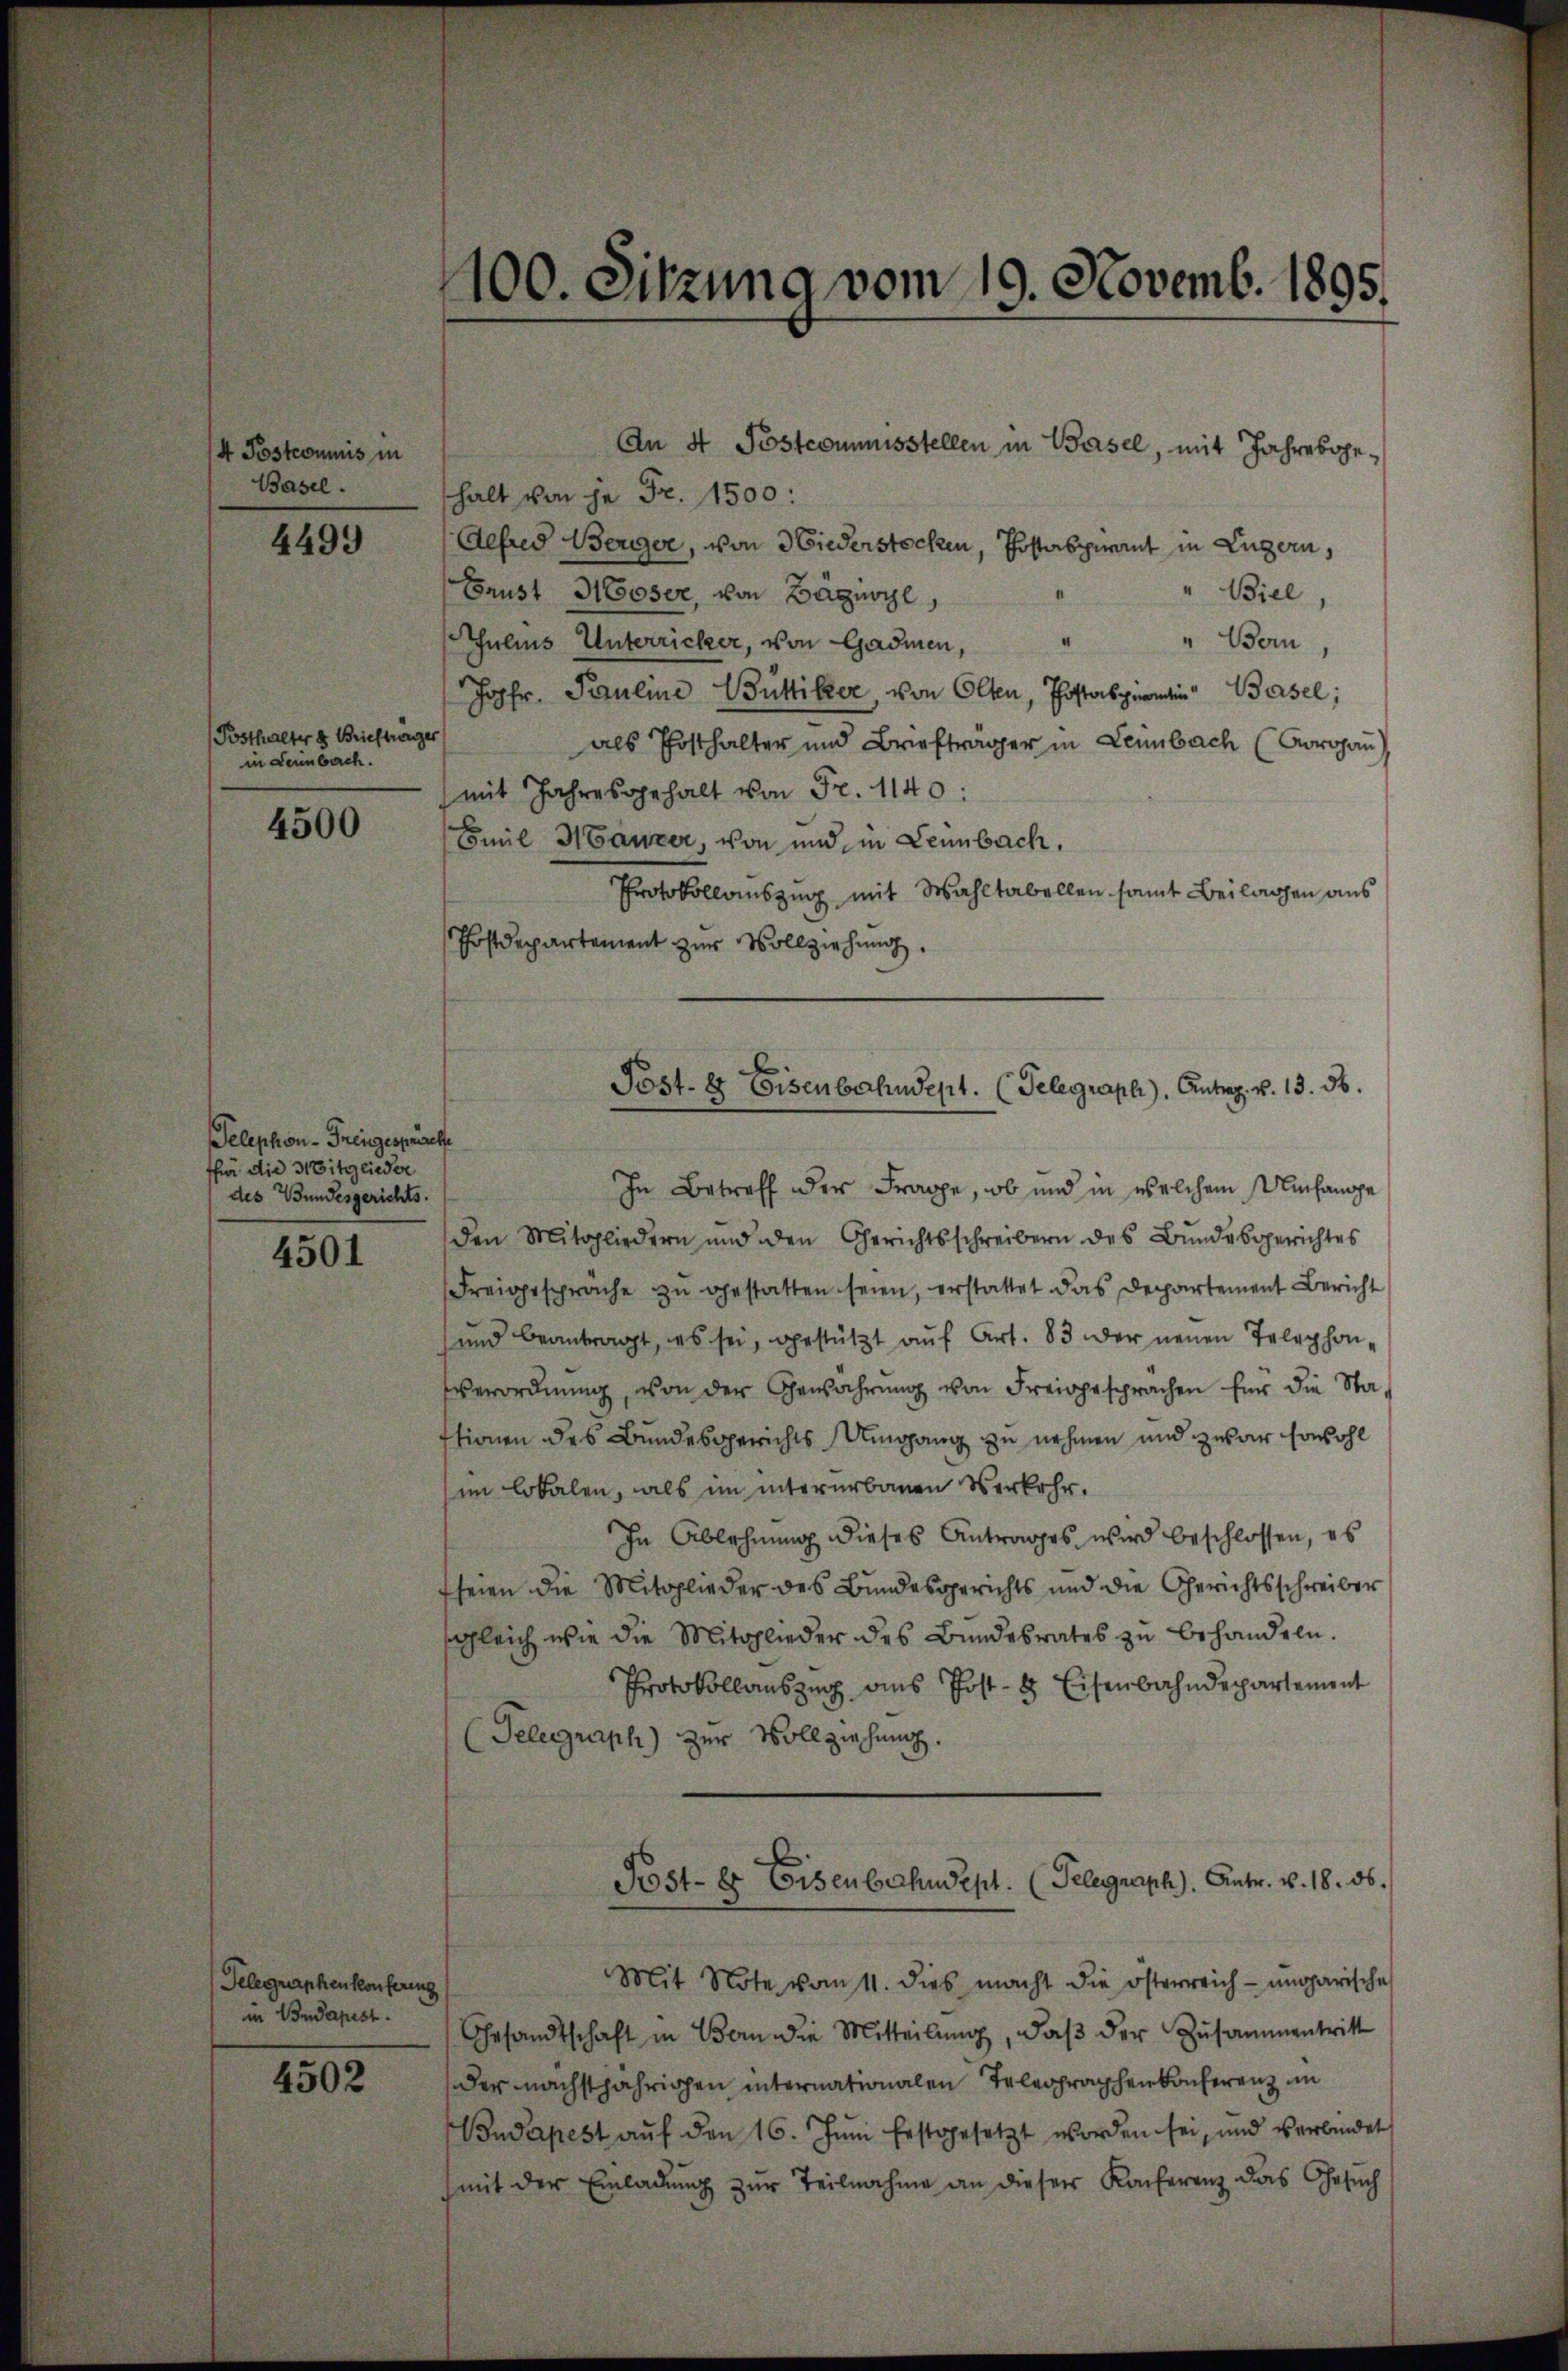
4 Postcommis in
Basel.

4499

Posthalter u Brieftrager
in Dennbach.

4500

Telephon-Freigespräche
ffür die Mitglieder
des Bundesgerichts.

4501

Telegraphenkonfering
in Budapest.

4502

An 4 Postcommisstellen in Basel, mit Jahresopehalt von je Fr. 1500:
Gefred Berger, von Wiederstocken, Postaspirant in Luzern,
Grust Moser, von Bagnol
Biel,
" Bern,
Julius Unterricher, von Gadmen,
4
Johr. Pauline Büttiker, von Olten, Postaspirantin Basel;
als Posthalter und Briefträger in Leimbach (Corogan
mit Jahresgehalt von Fr. 1140:
Emil Maurer, von und in Leimbach.
Protokollauszug mit Wahltabellen samt Beilagen aus
Postdepartement zur Vollziehung.
In Betreff der Frage, ob und in welchem Umfange
den Mitgliedern und den Gerichtsschreibern des Bundesgerichtes
Freigespräche zu gestatten seien, erstattet das Departement Bericht
und beantragt, es sei, gestützt auf Art. 83 der neuen Telephon,
verordnŭng von der Gewahrŭng von Freigesprachen für die Sta-
stionen des Bundesgerichts Umgang zu nehmen und zwar sowohl
im lokalen, als im intererbauen Verkehr.
In Ablehnŭng dieses Antrages wird beschlossen, es
seien die Mitglieder des Bundesgerichts und die Gerichtsschreiber
sgleich wie die Mitglieder des Bundesrates zu behandeln.
Protokollauszug aus Post- & Eisenbahndepartement
(Telegraph) zur Vollziehung.
Post- er Eisenbahndept. (Telegraph). Antr. v. 18. ds.
Mit Note vom 11. dies macht die österreich-ungarische
Gesandtschaft in Bern die Mitteilŭng, daβ der Zusammentritt
der nächstjährigen internationalen Telegraphenkonferenz im
Budapest aŭf den 16. Juni festgesetzt worden sei, und verbindet
(mit der Einladung zur Teilnahme an dieser Konferenz das Gesuch

100. Sitzung vom 19. Novemb. 1895.

Post. 8 Eisenbahndept. (Telegraph). Antrag. v. 13. 56.